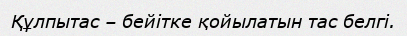
Құлпытас – бейітке қойылатын тас белгі.